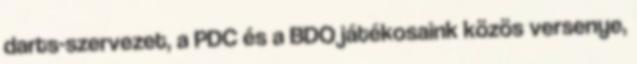
darts-szervezet, a PDC és a BDO játékosaink közös versenye,